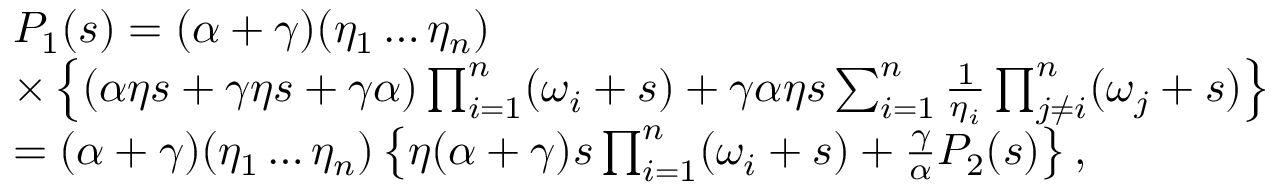
\begin{array} { r l } & { P _ { 1 } ( s ) = ( \alpha + \gamma ) ( \eta _ { 1 } \ldots \eta _ { n } ) } \\ & { \times \left\{ ( \alpha \eta s + \gamma \eta s + \gamma \alpha ) \prod _ { i = 1 } ^ { n } ( \omega _ { i } + s ) + \gamma \alpha \eta s \sum _ { i = 1 } ^ { n } \frac { 1 } { \eta _ { i } } \prod _ { j \ne i } ^ { n } ( \omega _ { j } + s ) \right\} } \\ & { = ( \alpha + \gamma ) ( \eta _ { 1 } \ldots \eta _ { n } ) \left\{ \eta ( \alpha + \gamma ) s \prod _ { i = 1 } ^ { n } ( \omega _ { i } + s ) + \frac { \gamma } { \alpha } P _ { 2 } ( s ) \right\} , } \end{array}